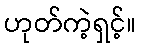
ဟုတ်ကဲ့ရှင့်။